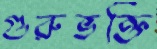
গুরুভক্তি